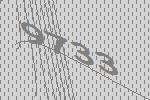
9733